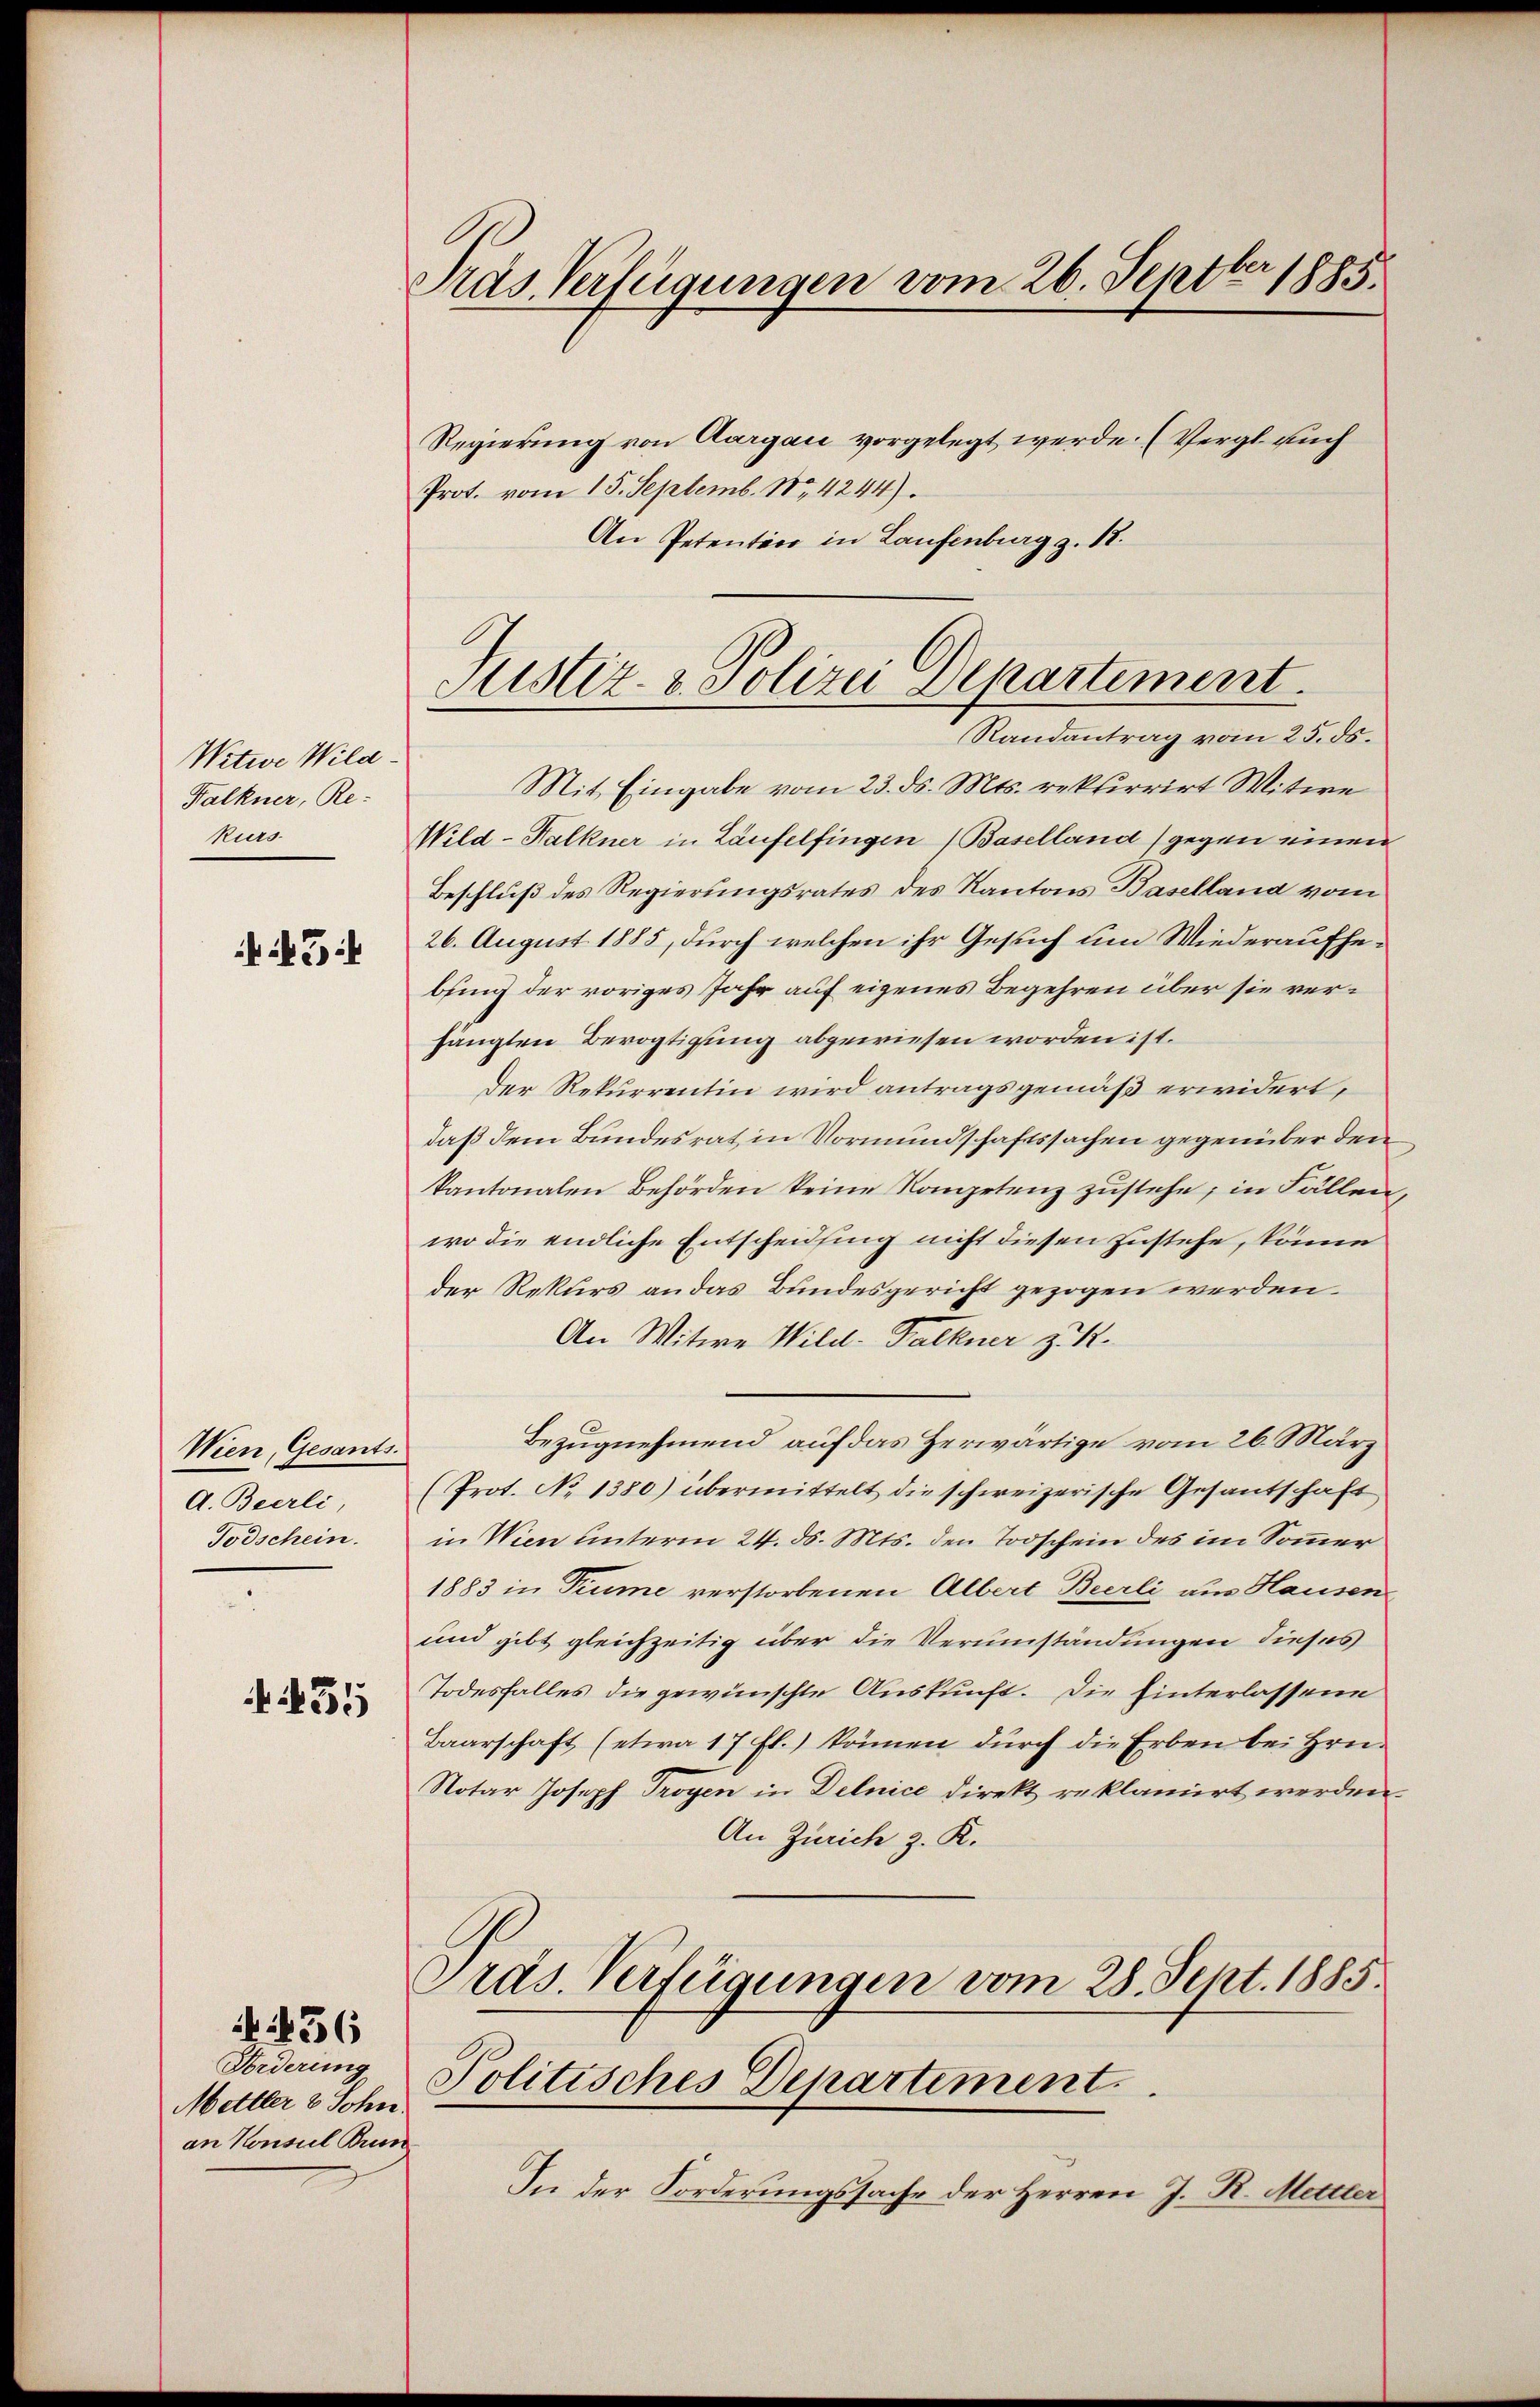
Witwe Wila¬
Falkner, Re-
kurs

N 34

Wien, Gesants.
A. Bierli,
Todschein.

455

Forderung
Mettler & Sohn.
an Konsul Brun

456

Tras Verfügungen vom 26. Septbr 1885.

Justiz- & Polizei Departement.
Randantrag vom 25. ds.

Regierung von Aargau vorgelegt werde. (Vergl. auch
Prot. vom 15. Septemb. 18, 4244).
An Petentier in Laufenburg z. 18.
Mit Eingabe vom 23. ds. Mts. rekurrirt Witwe
Wild-Falkner in Laufelfingen (Baselland) gegen einen
Beschluß des Regierungsrates des Kantons Baselland vom
26. August 1885, durch welchen ihr Gesuch um Wiederaufhebung der voriges Jahr auf eigenes Begehren über sie verhängten Bevogtigung abgewiesen worden ist.
der Rekurrentin wird antragsgemäß erwidert,
daß dem Bundesrat in Vormundschaftssachen gegenüber den
kantonalen Behörden keine Kompetenz zŭstehe, in Fällen
wo die endliche Entscheidling nicht diesen zustehe, könne
der Rekurs an das Bundesgericht gezogen werden.
An Witwe Wild. Falkner z. K.
Bezugnehmend auf das Herwärtige vom 26. März
(Prot. No 1380) übermittelt die schweizerische Gesantschaft
in Wien unterm 24. ds. Mts. den Todschein des im Sommer
1883 in Piume verstorbenen Albert Bierli aus Hausen
und gibt gleichzeitig über die Verumständungen dieses
Todesfalles die gewünschte Auskunft. Die hinterlassene
Baarschaft (etwa 17 fl.) können durch die Erben bei Hrn.
Notar Joseph Trogen in Delnice direkt reklamirt werden
An Zürich z. K.
Präs. Verfügungen vom 28. Sept. 1885
Politisches Departement
In der Forderungssache der Herren J. R. Meister